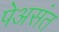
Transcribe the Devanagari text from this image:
पेअसंत